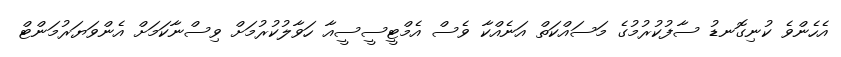
އެހެންވެ ކުނިގޮނޑު ސާފުކުރުމުގެ މަސައްކަތް އަނެއްކާ ވެސް އެމްޓީސީސީއާ ހަވާލުކުރުމަށް ވިސްނާކަމަށް އެންވަޔަރުމަންޓް